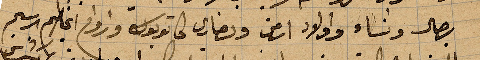
رجال ونساء واولاد ارمن ونصارى ...واورواح اغلبهم ...